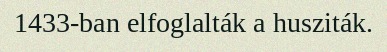
1433-ban elfoglalták a husziták.